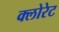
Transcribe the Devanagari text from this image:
क्‍लोरेट